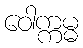
ဝေါက္ကမ္မ